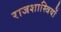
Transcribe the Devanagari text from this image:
राजशास्त्रियों